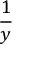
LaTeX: \frac { 1 } { y }